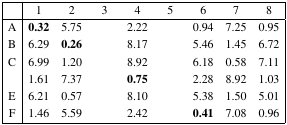
<table><thead><tr><td>[EMPTY_CELL]</td><td><b>1</b></td><td><b>2</b></td><td><b>3</b></td><td><b>4</b></td><td><b>5</b></td><td><b>6</b></td><td><b>7</b></td><td><b>8</b></td></tr></thead><tbody><tr><td>A</td><td><b>0.32</b></td><td>5.75</td><td>[EMPTY_CELL]</td><td>2.22</td><td>[EMPTY_CELL]</td><td>0.94</td><td>7.25</td><td>0.95</td></tr><tr><td>B</td><td>6.29</td><td><b>0.26</b></td><td>[EMPTY_CELL]</td><td>8.17</td><td>[EMPTY_CELL]</td><td>5.46</td><td>1.45</td><td>6.72</td></tr><tr><td>C</td><td>6.99</td><td>1.20</td><td>[EMPTY_CELL]</td><td>8.92</td><td>[EMPTY_CELL]</td><td>6.18</td><td>0.58</td><td>7.11</td></tr><tr><td>[EMPTY_CELL]</td><td>1.61</td><td>7.37</td><td>[EMPTY_CELL]</td><td><b>0.75</b></td><td>[EMPTY_CELL]</td><td>2.28</td><td>8.92</td><td>1.03</td></tr><tr><td>E</td><td>6.21</td><td>0.57</td><td>[EMPTY_CELL]</td><td>8.10</td><td>[EMPTY_CELL]</td><td>5.38</td><td>1.50</td><td>5.01</td></tr><tr><td>F</td><td>1.46</td><td>5.59</td><td>[EMPTY_CELL]</td><td>2.42</td><td>[EMPTY_CELL]</td><td><b>0.41</b></td><td>7.08</td><td>0.96</td></tr></tbody></table>